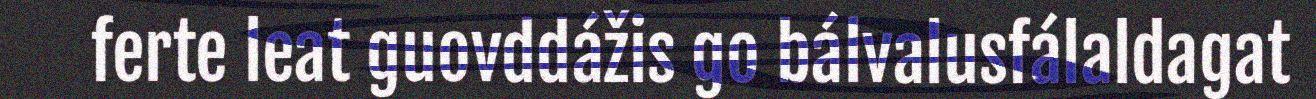
ferte leat guovddážis go bálvalusfálaldagat